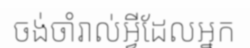
ចង់ចាំរាល់អ្វីដែលអ្នក